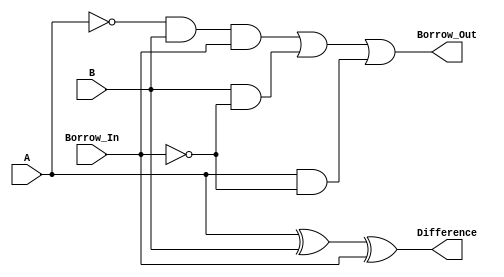
module full_subtractor(
    input A, B, Borrow_In,
    output Difference, Borrow_Out
);

reg Difference, Borrow_Out;

always @(A or B or Borrow_In) begin
    Difference = A ^ B ^ Borrow_In;
    Borrow_Out = (~A & B & Borrow_In) | (B & ~Borrow_In) | (A & ~Borrow_In);
end

endmodule